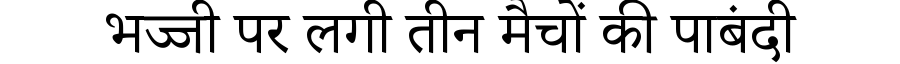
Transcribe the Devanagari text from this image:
भज्जी पर लगी तीन मैचों की पाबंदी